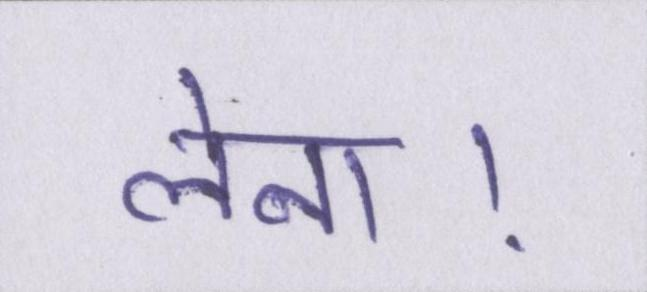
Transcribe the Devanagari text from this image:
लेना।